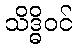
သိဒ္ဓိဝင်